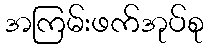
အကြမ်းဖက်အုပ်စု